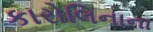
કારોલિનાના